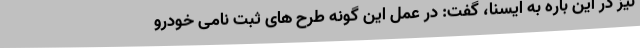
نیز در این باره به ایسنا، گفت: در عمل این گونه طرح های ثبت نامی خودرو